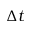
\Delta t